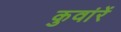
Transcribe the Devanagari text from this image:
कुवांरें